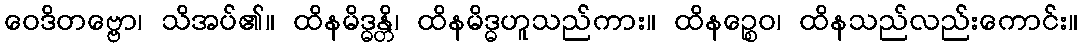
ဝေဒိတဗ္ဗော၊ သိအပ်၏။ ထိနမိဒ္ဓန္တိ၊ ထိနမိဒ္ဓဟူသည်ကား။ ထိနဉ္စေဝ၊ ထိနသည်လည်းကောင်း။